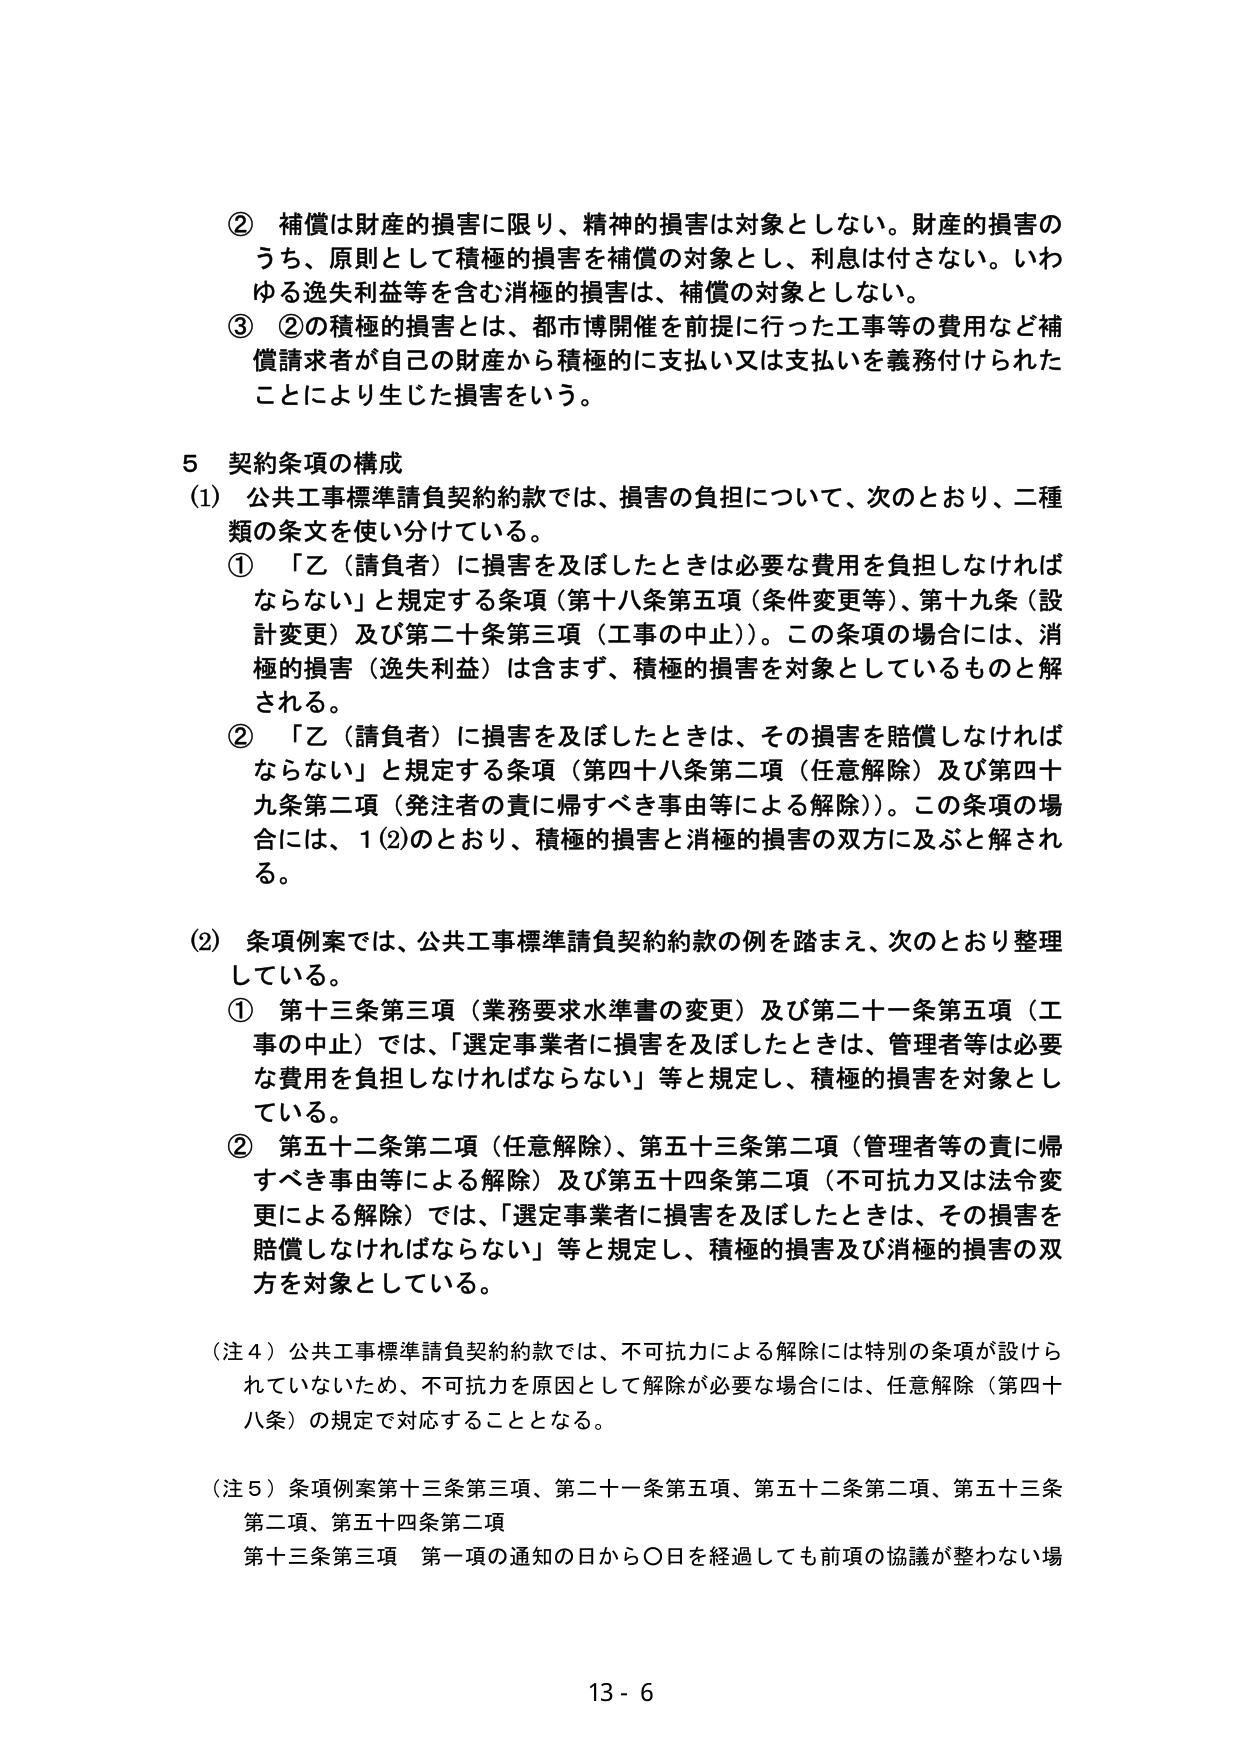
② 補償は財産的損害に限り、精神的損害は対象としない。財産的損害のうち、原則として積極的損害を補償の対象とし、利息は付さない。いわゆる逸失利益等を含む消極的損害は、補償の対象としない。

③ ②の積極的損害とは、都市博開催を前提に行った工事等の費用など補償請求者が自己の財産から積極的に支払い又は支払いを義務付けられたことにより生じた損害をいう。

5 契約条項の構成

(1) 公共工事標準請負契約約款では、損害の負担について、次のとおり、二種類の条文を使い分けている。

① 「乙（請負者）に損害を及ぼしたときは必要な費用を負担しなければならない」と規定する条項（第十八条第五項（条件変更等）、第十九条（設計変更）及び第二十条第三項（工事の中止））。この条項の場合には、消極的損害（逸失利益）は含まず、積極的損害を対象としているものと解される。

② 「乙（請負者）に損害を及ぼしたときは、その損害を賠償しなければならない」と規定する条項（第四十八条第二項（任意解除）及び第四十九条第二項（発注者の責に帰すべき事由等による解除））。この条項の場合には、1(2)のとおり、積極的損害と消極的損害の双方に及ぶと解される。

(2) 条項例案では、公共工事標準請負契約約款の例を踏まえ、次のとおり整理している。

① 第十三条第三項（業務要求水準書の変更）及び第二十一条第五項（工事の中止）では、「選定事業者に損害を及ぼしたときは、管理者等は必要な費用を負担しなければならない」等と規定し、積極的損害を対象としている。

② 第五十二条第二項（任意解除）、第五十三条第二項（管理者等の責に帰すべき事由等による解除）及び第五十四条第二項（不可抗力又は法令変更による解除）では、「選定事業者に損害を及ぼしたときは、その損害を賠償しなければならない」等と規定し、積極的損害及び消極的損害の双方を対象としている。

（注４）公共工事標準請負契約約款では、不可抗力による解除には特別の条項が設けられていないため、不可抗力を原因として解除が必要な場合には、任意解除（第四十八条）の規定で対応することとなる。

（注５）条項例案第十三条第三項、第二十一条第五項、第五十二条第二項、第五十三条第二項、第五十四条第二項

第十三条第三項 第一項の通知の日から〇日を経過しても前項の協議が整わない場

13 - 6